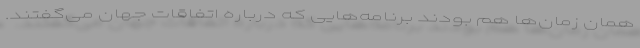
همان زمان‌ها هم بودند برنامه‌هایی که درباره اتفاقات جهان می‌گفتند.